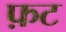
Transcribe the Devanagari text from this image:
फ़ट